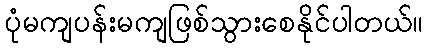
ပုံမကျပန်းမကျဖြစ်သွားစေနိုင်ပါတယ်။